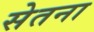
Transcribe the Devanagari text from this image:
सेतना